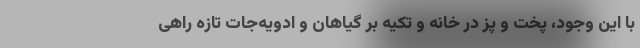
با این وجود، پخت و پز در خانه و تکیه بر گیاهان و ادویه‌جات تازه راهی